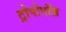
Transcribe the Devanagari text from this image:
ट्रोपोपॉज़